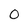
Character: 0